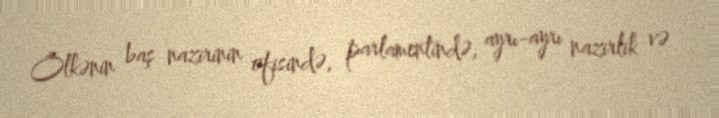
Ölkənin baş nazirinin ofisində, parlamentində, ayrı-ayrı nazirlik və